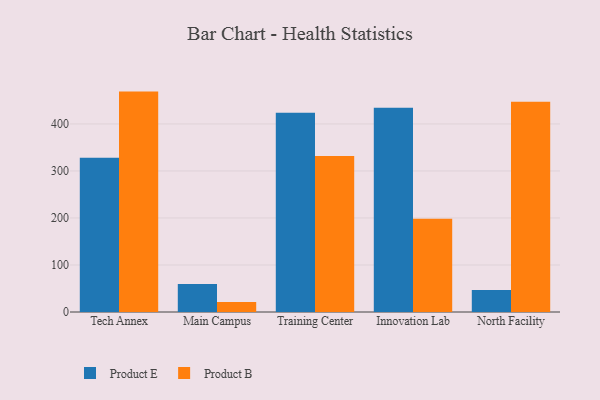
{"axis": {"x": "Campus", "y": "Conversion Rate (%)"}, "legend": ["Product B", "Product E"], "data": [{"x": "Tech Annex", "y": 328.1, "type": "Product E"}, {"x": "Tech Annex", "y": 468.8, "type": "Product B"}, {"x": "Main Campus", "y": 59.3, "type": "Product E"}, {"x": "Main Campus", "y": 21.3, "type": "Product B"}, {"x": "Training Center", "y": 423.8, "type": "Product E"}, {"x": "Training Center", "y": 332.0, "type": "Product B"}, {"x": "Innovation Lab", "y": 434.7, "type": "Product E"}, {"x": "Innovation Lab", "y": 198.5, "type": "Product B"}, {"x": "North Facility", "y": 46.8, "type": "Product E"}, {"x": "North Facility", "y": 447.3, "type": "Product B"}]}